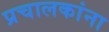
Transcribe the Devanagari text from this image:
प्रचालकांना